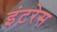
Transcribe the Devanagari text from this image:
इंटरेस